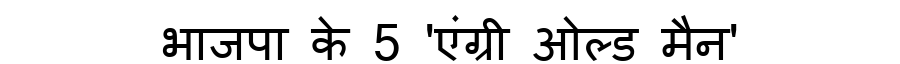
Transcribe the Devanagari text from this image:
भाजपा के 5 'एंग्री ओल्ड मैन'